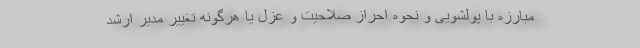
مبارزه با پولشویی و نحوه احراز صلاحیت و عزل یا هرگونه تغییر مدیر ارشد